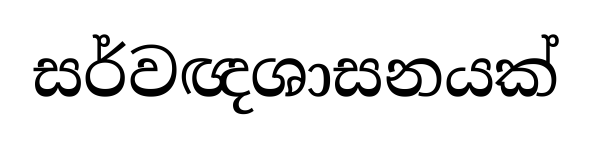
සර්වඥශාසනයක්